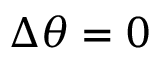
\Delta \theta = 0